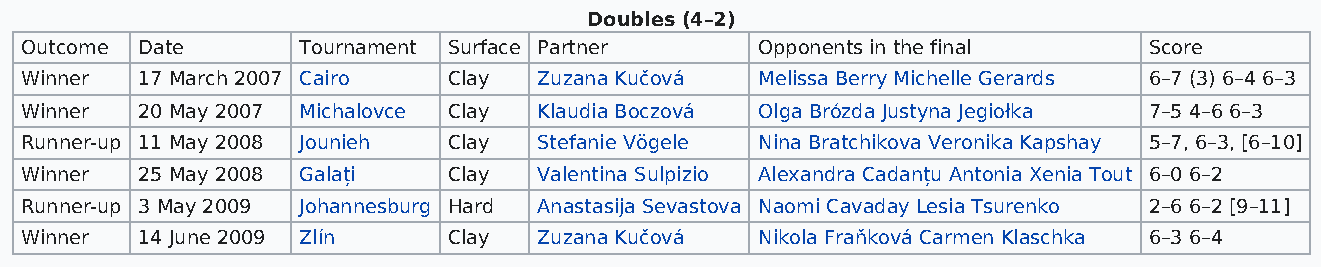
Doubles (4–2)
 Outcome Date       Tournament Surface Partner    Opponents in the final    Score
 Winner  17 March 2007 Cairo  Clay  Zuzana Kučová Melissa Berry Michelle Gerards 6–7 (3) 6–4 6–3
 Winner  20 May 2007 Michalovce Clay Klaudia Boczová Olga Brózda Justyna Jegiołka 7–5 4–6 6–3
 Runner-up 11 May 2008 Jounieh Clay Stefanie Vögele Nina Bratchikova Veronika Kapshay 5–7, 6–3, [6–10]
 Winner  25 May 2008 Galați   Clay  Valentina Sulpizio Alexandra Cadanțu Antonia Xenia Tout 6–0 6–2
 Runner-up 3 May 2009 Johannesburg Hard Anastasija Sevastova Naomi Cavaday Lesia Tsurenko 2–6 6–2 [9–11]
 Winner  14 June 2009 Zlín    Clay  Zuzana Kučová Nikola Fraňková Carmen Klaschka 6–3 6–4